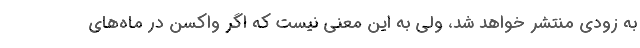
به ‌زودی منتشر خواهد شد، ولی به این معنی نیست که اگر واکسن در ماه‌های